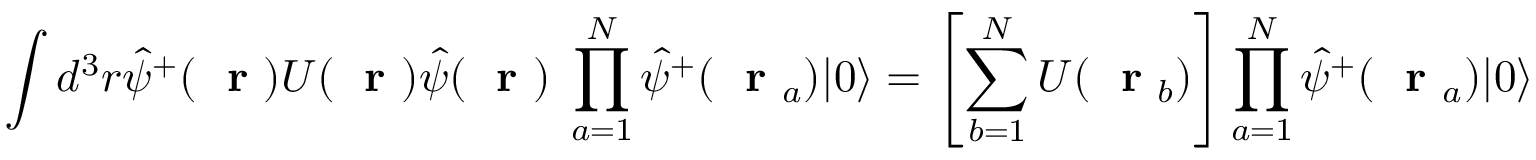
\int d ^ { 3 } r \hat { \psi } ^ { + } ( \mathrm { ~ \bf ~ r ~ } ) U ( \mathrm { ~ \bf ~ r ~ } ) \hat { \psi } ( \mathrm { ~ \bf ~ r ~ } ) \; \prod _ { a = 1 } ^ { N } \hat { \psi } ^ { + } ( \mathrm { ~ \bf ~ r ~ } _ { a } ) | 0 \rangle = \left[ \sum _ { b = 1 } ^ { N } U ( \mathrm { ~ \bf ~ r ~ } _ { b } ) \right] \prod _ { a = 1 } ^ { N } \hat { \psi } ^ { + } ( \mathrm { ~ \bf ~ r ~ } _ { a } ) | 0 \rangle